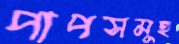
পাপসমূহ